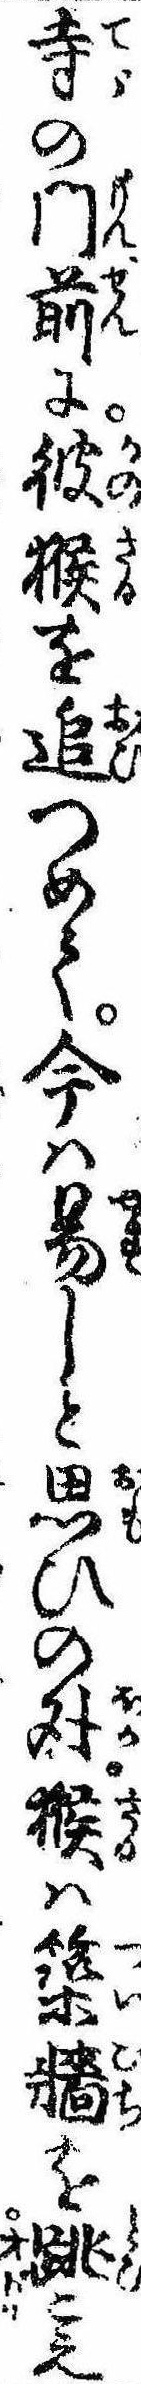
寺の門前に彼猴を追つめて今は易しと思ひの外猴は築牆を跳こえ